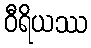
ဝီရိယဿ